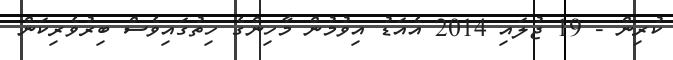
ކުރިން - 19 ޖުލައި 2014 އެއަޑު އިވުމުން މާހިންގެ ހިތުގައިވެސް ބިރުވެރިކަން